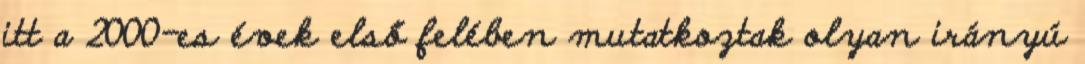
itt a 2000-es évek első felében mutatkoztak olyan irányú